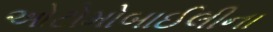
ઓટોમોબાઈલીના